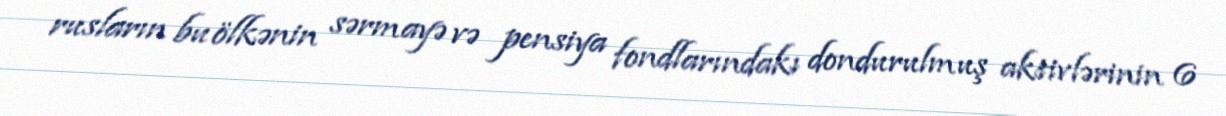
rusların bu ölkənin sərmayə və pensiya fondlarındakı dondurulmuş aktivlərinin 6